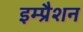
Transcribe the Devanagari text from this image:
इम्प्रैशन